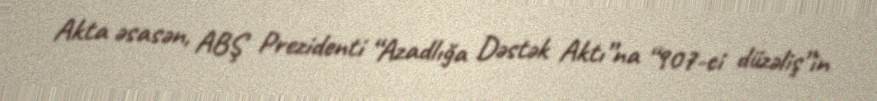
Akta əsasən, ABŞ Prezidenti “Azadlığa Dəstək Aktı”na “907-ci düzəliş”in